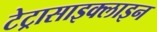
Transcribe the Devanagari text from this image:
टेट्रासाइक्लाइन